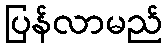
ပြန်လာမည်